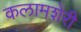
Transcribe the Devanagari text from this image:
कलामशेरी